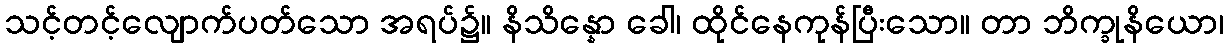
သင့်တင့်လျောက်ပတ်သော အရပ်၌။ နိသိန္နော ခေါ၊ ထိုင်နေကုန်ပြီးသော။ တာ ဘိက္ခုနိယော၊